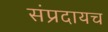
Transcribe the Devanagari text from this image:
संप्रदायच